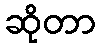
ဆိုတာ